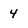
Character: 4